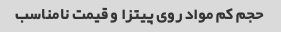
حجم کم مواد روی پیتزا و قیمت نامناسب